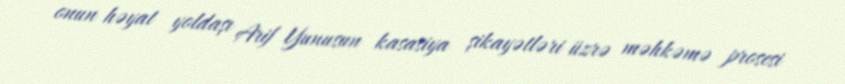
onun həyat yoldaşı Arif Yunusun kasasiya şikayətləri üzrə məhkəmə prosesi